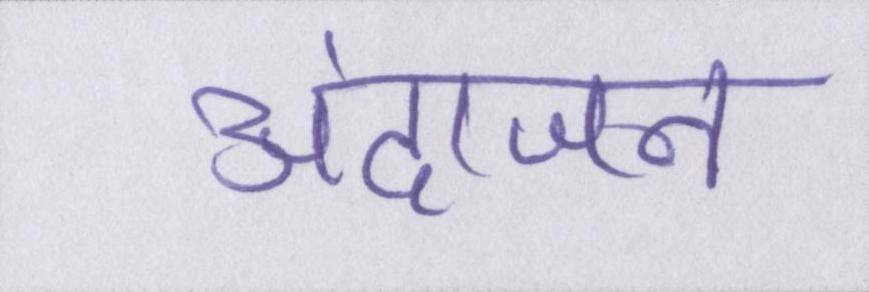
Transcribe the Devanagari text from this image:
अंदाजन